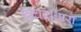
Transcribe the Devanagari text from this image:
विचराधारा